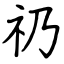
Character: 礽